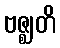
ဗဇ္ဈတိ